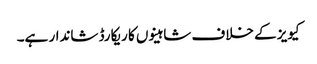
کیویز کے خلاف شاہینوں کا ریکارڈ شاندار ہے۔